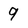
Character: 9